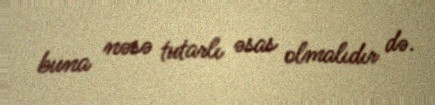
buna nəsə tutarlı əsas olmalıdır də.